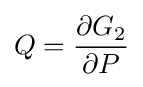
Q={\frac {\partial G_{2}}{\partial P}}